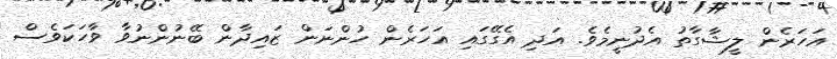
އަހަރެން ލީޝާގާތު އެދުނީމެވެ. އަދި އެގޭގައި އަހަރެން ހުންނަން ޒައިދާން ބޭނުންނުވާ ވާހަކަވެސް